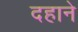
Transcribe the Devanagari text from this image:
दहाने